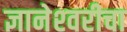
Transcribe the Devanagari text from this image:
ज्ञानेश्‍वरीचा